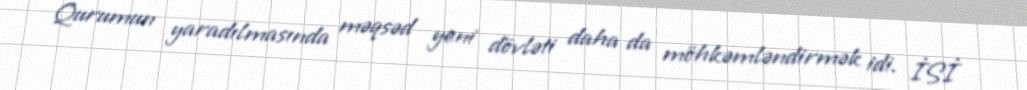
Qurumun yaradılmasında məqsəd yeni dövləti daha da möhkəmləndirmək idi. İSİ